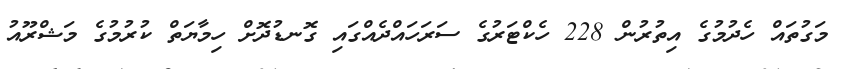
މަގުތައް ހެދުމުގެ އިތުރުން 228 ހެކްޓަރުގެ ސަރަހައްދެއްގައި ގޮނޑުދޮށް ހިމާޔަތް ކުރުމުގެ މަޝްރޫއު